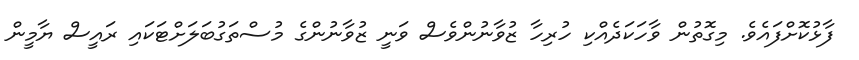
ފާޅުކޮށްފައެވެ. މިގޮތުން ވާހަކަދެއްކި ހުރިހާ ޒުވާނުންވެސް ވަނީ ޒުވާނުންގެ މުސްތަގުބަލަށްޓަކައި ރައީސް ޔާމީން